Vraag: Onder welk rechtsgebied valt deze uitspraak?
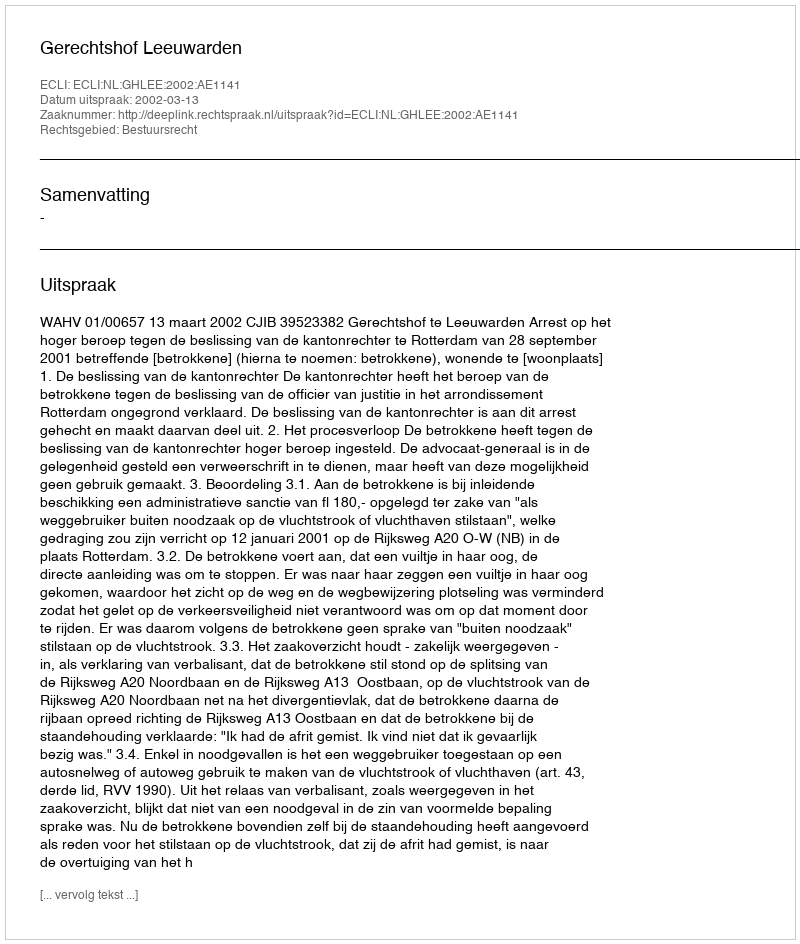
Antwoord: Bestuursrecht